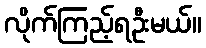
လိုက်ကြည့်ရဦးမယ်။